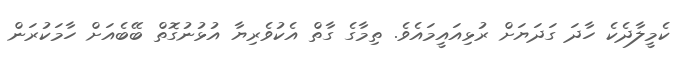
ކެމީލާދެކެ ހާދަ ގަދަޔަށް ރުޅިއައީމައެވެ. ތިމާގެ ގާތް އެކުވެރިޔާ އުޅުނުގޮތް ބޭބެއަށް ހާމަކުރަން